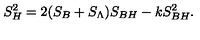
S _ { H } ^ { 2 } = 2 ( S _ { B } + S _ { \Lambda } ) S _ { B H } - k S _ { B H } ^ { 2 } .